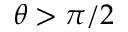
\theta > \pi / 2